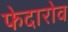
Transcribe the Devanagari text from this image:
फेदारोव